Lunatic asylums Bombay report 1891-1903 - 1891-1903
Year: 1891
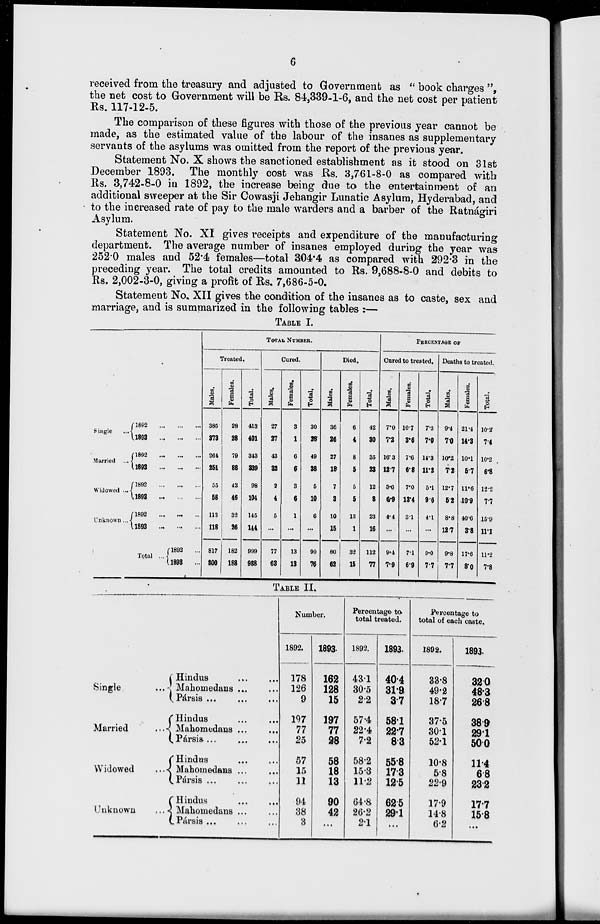
6
received from the treasury and adjusted to Government as " book charges ",
the net cost to Government will be Rs. 84,339-1-6, and the net cost per patient
Rs. 117-12-5.
The comparison of these figures with those of the previous year cannot be
made, as the estimated value of the labour of the insanes as supplementary
servants of the asylums was omitted from the report of the previous year.
Statement No. X shows the sanctioned establishment as it stood on 31st
December 1893. The monthly cost was Rs. 3,761-8-0 as compared with
Rs. 3,742-8-0 in 1892, the increase being due to the entertainment of an
additional sweeper at the Sir Cowasji Jehangir Lunatic Asylum, Hyderabad, and
to the increased rate of pay to the male warders and a barber of the Ratnágiri
Asylum.
Statement No. XI gives receipts and expenditure of the manufacturing
department. The average number of insanes employed during the year was
252.0 males and 52.4 females—total 304.4 as compared with 292.3 in the
preceding year. The total credits amounted to Rs. 9,688-8-0 and debits to
Rs. 2,002-3-0, giving a profit of Rs. 7,686-5-0.
Statement No. XII gives the condition of the insanes as to caste, sex and
marriage, and is summarized in the following tables :—
TABLE I.
Single ...
Married ...
Widowed ...
Unknown ...
1892 ... ... ...
1893 ... ... ...
1892 ... ... ...
1893
...
...
...
1892 ... ... ...
1893 ... ... ...
1892 ... ... ...
1893 ... ... ...
Total ...
1893 ... ... ...
1898 ... ... ...
TOTAL NUMBER.
Treated.
Males.
385
373
264
351
55
58
113
118
817
800
Females.
28
88
79
88
43
46
32
26
182
188
Total.
413
401
343
339
98
104
145
144
999
988
Cured.
Males.
27
27
43
32
2
4
5
...
77
63
Females.
3
1
6
6
3
6
1
...
13
13
Total.
30
28
49
38
5
10
6
...
90
76
Died.
Males.
36
26
27
18
7
3
10
15
80
62
Females.
6
4
8
5
5
5
13
1
32
15
Total.
42
30
35
23
12
8
23
16
112
77
PERCENTAGE OF
Cured to treated.
Males.
7.0
7.2
16.3
12.7
3.6
6.9
4.4
...
9.4
7.9
Females.
10.7
3.6
7.6
6.8
7.0
13.4
3.1
...
7.1
6.9
Total.
7.3
7.0
14.3
11.2
5.1
9.6
4.1
...
9.0
7.7
Deaths to treated.
Males.
9.4
7.0
10.2
7.2
12.7
5.2
8.8
12.7
9.8
7.7
Females.
21.4
14.3
10.1
5.7
11.6
10.9
40.6
3.8
17.6
8.0
Total.
10.2
7.4
10.2
6.8
12.2
7.7
15.9
11.1
11.2
7.8
TABLE II.
Single ...
Married ...
Widowed ...
Unknown ...
Hindus ... ...
Mahomedans ... ...
Pársis ... ...
Hindus ... ...
Mahomedans ... ...
Pársis ... ...
Hindus
...
...
Mahomedans ... ...
Pársis ... ...
Hindus
...
...
Mahomedans ... ...
Pársis ... ...
Number.
1892.
178
126
9
197
77
25
57
15
11
94
38
3
1893.
162
128
15
197
77
28
58
18
13
90
42
...
Percentage to
total treated.
1892.
43.1
30.5
2.2
57.4
22.4
7.2
58.2
15.3
11.2
64.8
26.2
2.1
1893.
40.4
31.9
3.7
58.1
22.7
8.3
55.8
17.3
12.5
62.5
29.1
...
Percentage to
total of each caste.
1892.
33.8
49.2
18.7
37.5
30.1
52.1
10.8
5.8
22.9
17.9
14.8
6.2
1893.
32.0
48.3
26.8
38.9
29.1
50.0
11.4
6.8
23.2
17.7
15.8
...